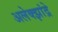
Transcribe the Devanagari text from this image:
अलेक्झांद्रे